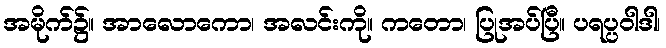
အမိုက်၌။ အာလောကော၊ အလင်းကို။ ကတော၊ ပြုအပ်ပြီ။ ပရပ္ပဝါဒါ၊